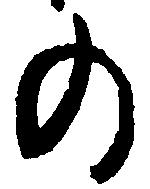
の